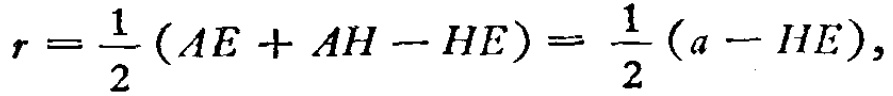
\(r = \frac{1}{2} (AE + AH - HE) =  \frac{1}{2} (a - HE),\)